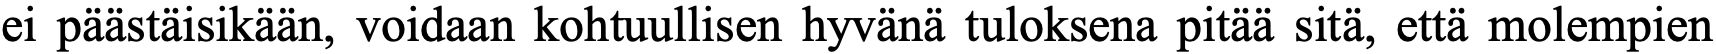
ei päästäisikään, voidaan kohtuullisen hyvänä tuloksena pitää sitä, että molempien